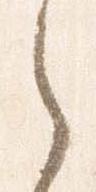
之